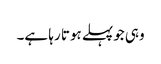
وہی جوپہلے ہوتا رہا ہے۔